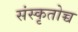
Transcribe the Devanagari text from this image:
संस्कृतोच्च